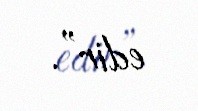
edir”.